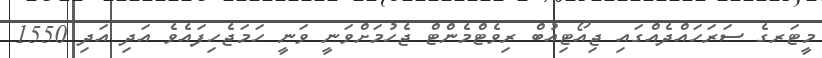
މީޓަރގެ ސަރަހައްދެއްގައި ޖިއޯޓިއުބް ރިވެޓްމެންޓް ޖެހުމަށްވަނީ ވަނީ ހަމަޖެހިފައެވެ އަދި އަދި 1550